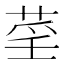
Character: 𦲻